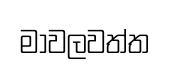
මාවලවත්ත